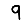
Digit: 9